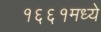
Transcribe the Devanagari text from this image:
१६६१मध्ये